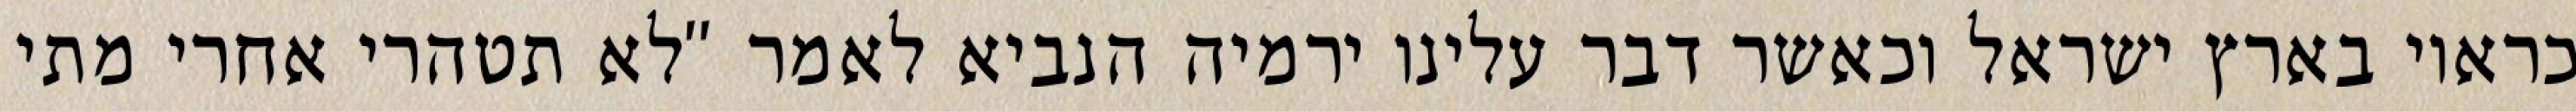
כראוי בארץ ישראל וכאשר דבר עלינו ירמיה הנביא לאמר "לא תטהרי אחרי מתי